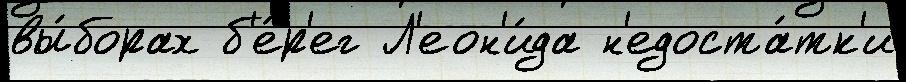
вы́борах б'е́р'ег Л'еон'и́да н'едоста́тк'и